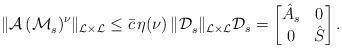
LaTeX: \begin{align*} \|\mathcal{A} \, (\mathcal{M}_s^{})^\nu\|_{\mathcal{L} \times \mathcal{L}} \le \bar{c} \, \eta(\nu) \, \|\mathcal{D}_s^{}\|_{\mathcal{L} \times \mathcal{L}} \mathcal{D}_s = \begin{bmatrix} \hat{A}_s & 0 \\ 0 & \hat{S} \end{bmatrix}.\end{align*}